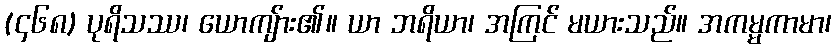
(၄၆၈) ပုရိသဿ၊ ယောကျ်ား၏။ ယာ ဘရိယာ၊ အကြင် မယားသည်။ အကမ္မကာမာ၊